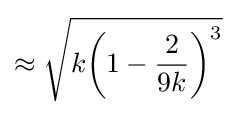
\approx {\sqrt {k{\bigg (}1-{\frac {2}{9k}}{\bigg )}^{3}}}